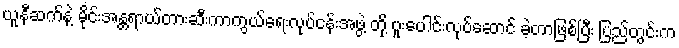
ယူနီဆက်နဲ့ မိုင်းအန္တရာယ်တားဆီးကာကွယ်ရေးလုပ်ငန်းအဖွဲ့ တို့ ပူးပေါင်းလုပ်ဆောင် ခဲ့တာဖြစ်ပြီး ပြည်တွင်းက